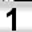
Digit: 1